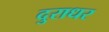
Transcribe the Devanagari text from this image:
दुराधर